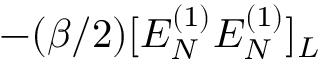
- ( \beta / 2 ) [ E _ { N } ^ { ( 1 ) } E _ { N } ^ { ( 1 ) } ] _ { L }